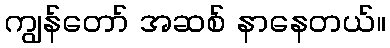
ကျွန်တော် အဆစ် နာနေတယ်။